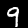
Digit: 9